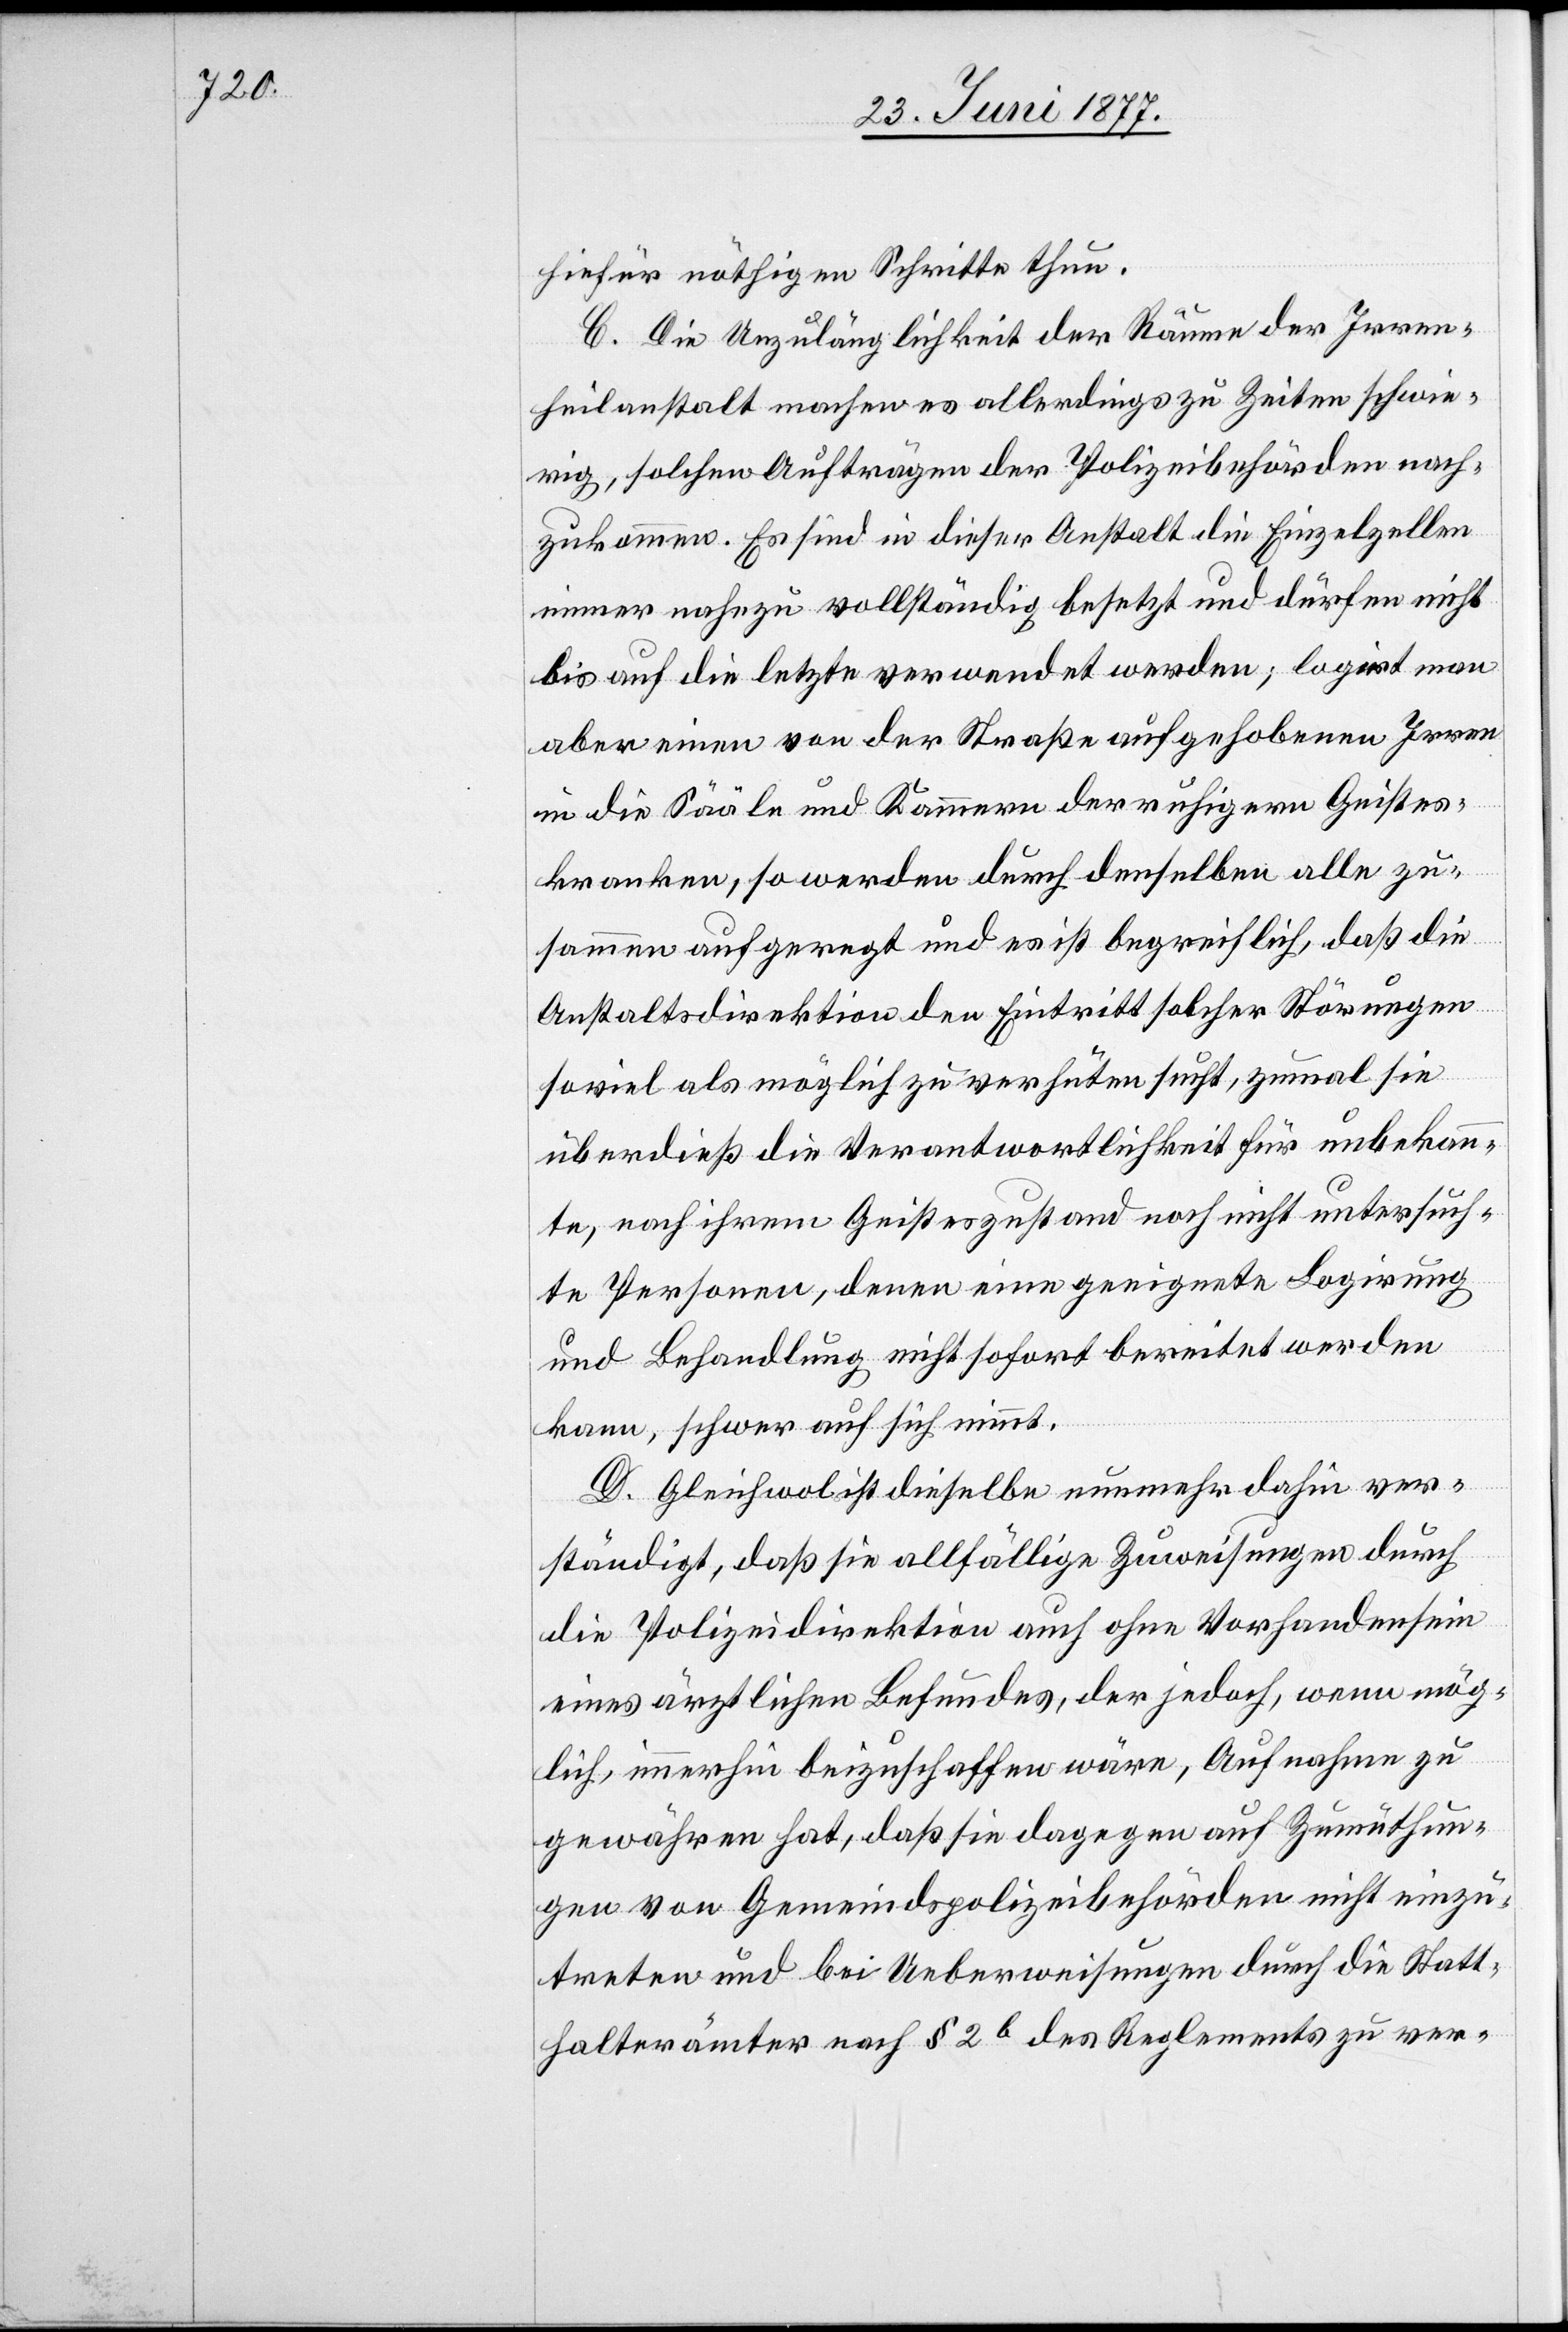
hiefür nöthigen Schritte thun.
C. Die Unzulänglichkeit der Räume der Irren¬
heilanstalt machen es allerdings zu Zeiten schwie¬
rig, solchen Aufträgen der Polizeibehörden nach¬
zukommen. Es sind in dieser Anstalt die Einzelzellen
immer nahezu vollständig besetzt und dürfen nicht
bis auf die letzte verwendet werde; logirt man
aber einen von der Straße aufgehobenen Irren
in die Sääle und Kammern der ruhigern Geistes¬
kranken, so werden durch denselben alle zu¬
sammen aufgeregt und es ist begreiflich, daß die
Anstaltsdirektion den Eintritt solcher Störungen
so viel als möglich zu verhüten sucht, zumal sie
überdieß die Verantwortlichkeit für unbekann¬
te, nach ihrem Geisteszustand noch nicht untersuch¬
te Personen, denen eine geeignete Logirung
und Behandlung nicht sofort bereitet werden
kann, schwer auf sich nimmt.
D. Gleichwol ist dieselbe nunmehr dahin ver¬
ständigt, daß sie allfällige Zuweisungen durch
die Polizeidirektion auch ohne Vorhandensein
eines ärztlichen Befundes, der jedoch, wenn mög¬
lich, immerhin beizuschaffen wäre, Aufnahme zu
gewähren hat, daß sie dagegen auf Zumuthun¬
gen von Gemeindspolizeibehörden nicht einzu¬
treten und bei Ueberweisungen durch die Statt¬
halterämter nach § 2b des Reglements zu ver-